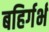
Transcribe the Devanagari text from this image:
बहिर्गर्भ